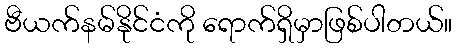
ဗီယက်နမ်နိုင်ငံကို ရောက်ရှိမှာဖြစ်ပါတယ်။